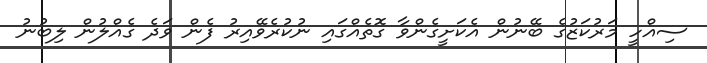
ސިއްހީ މަރުކަޒުގެ ބޭނުން އެކަށީގެންވާ ގޮތެއްގައި ނުކުރެވޭއިރު ފެން ވަދެ ގެއްލުން ލިބުނު